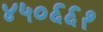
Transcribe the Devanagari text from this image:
४५०६६१